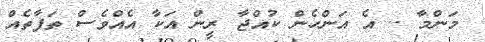
މަންމާ .. އެ އަންހެން ކުއްޖާ ރީން އަކާ އެއްވެސް ތަފާތެއް